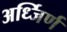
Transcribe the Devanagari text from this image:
अर्ध्जिर्ण